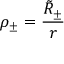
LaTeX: \rho _ { \pm } = \frac { \tilde { R } _ { \pm } } { r }